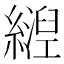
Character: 𬘀